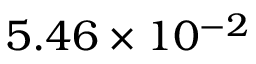
5 . 4 6 \times 1 0 ^ { - 2 }